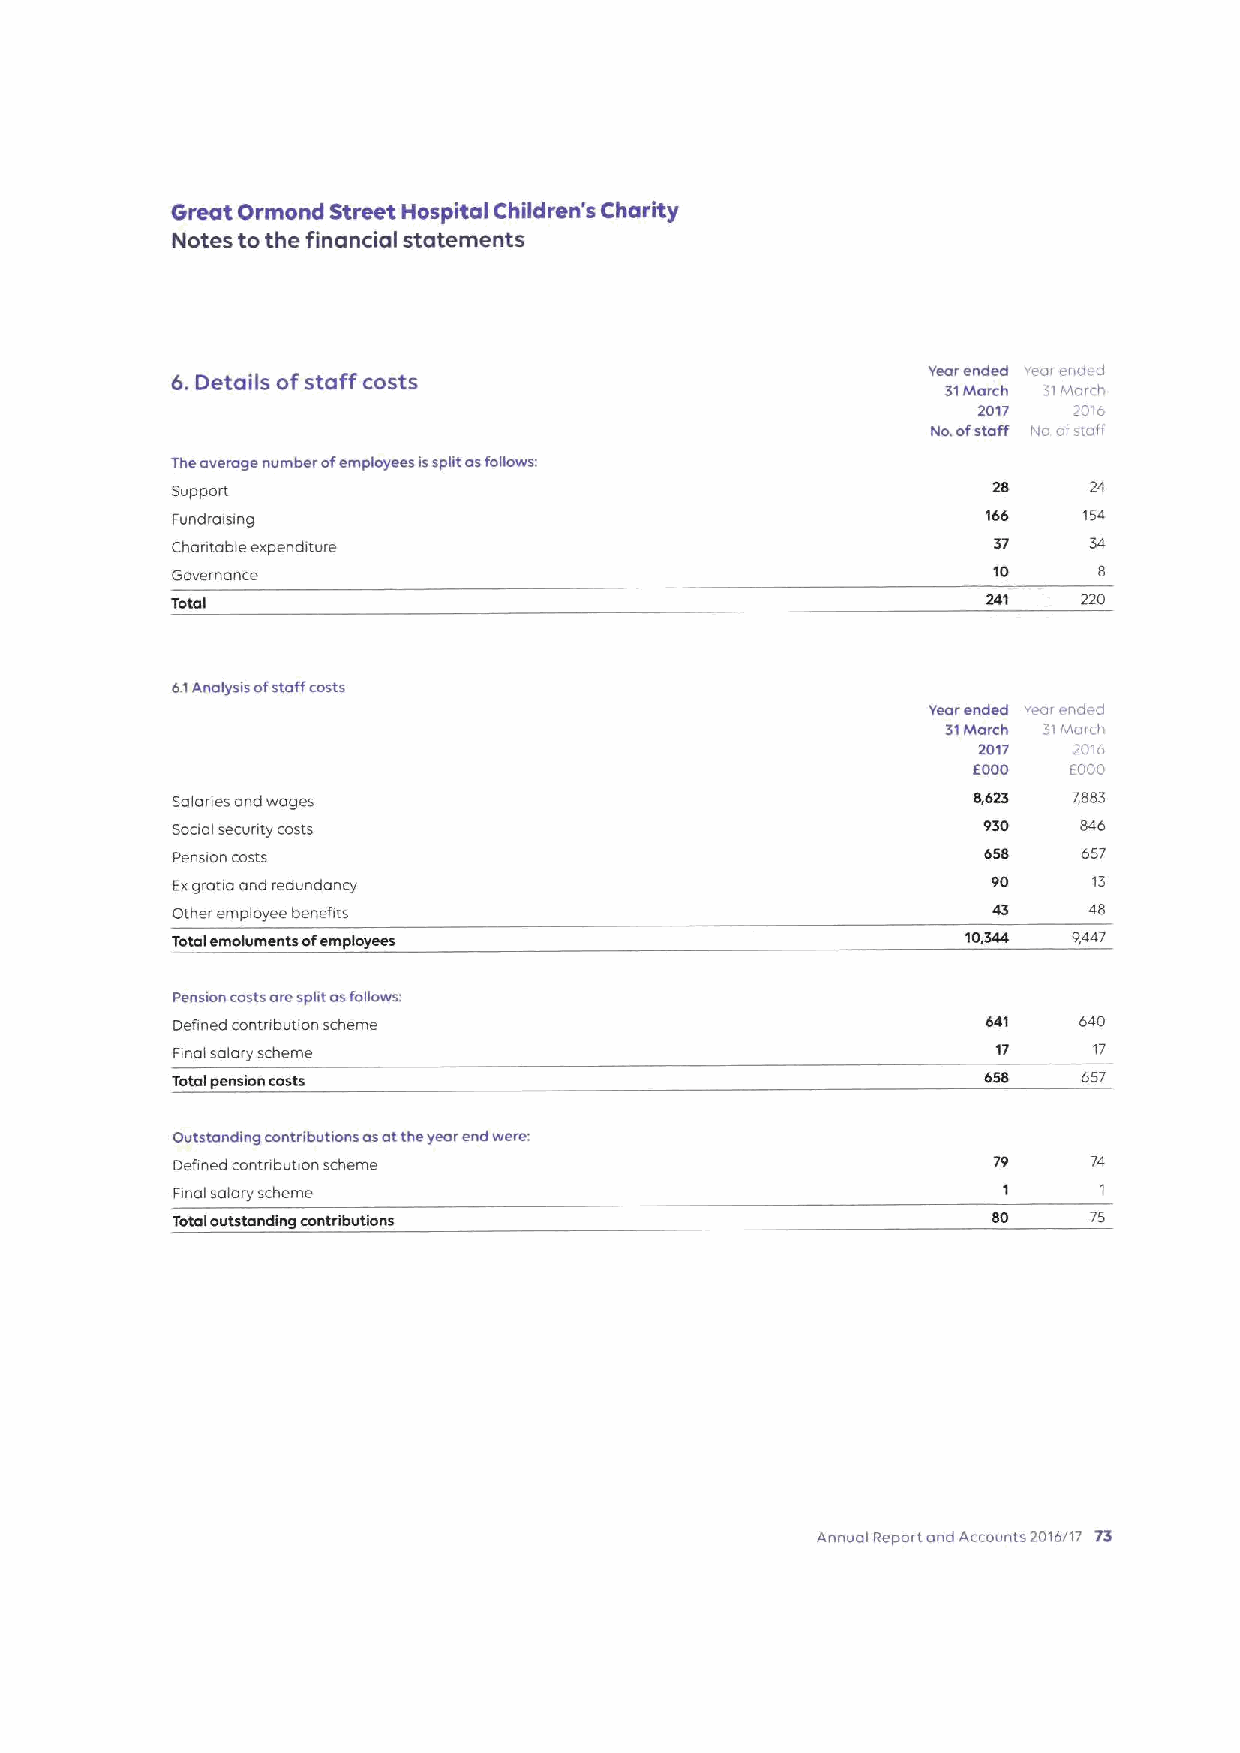
Great Ormond Street Hospital Children's Charity
 Notes to the financial statements
 fs. Details ofstaff costs                         Yearended reai ended
 31March 31March
 2017  2CII*
 No,ofstaff iva aistaff
 Theaverage number ofemployees issplit asfollows:
 Support                                                28    24
 Fundraising                                           1st    154
 Chantable expenditure                                  37    34
 Governance                                             10
 Total                                                 241    220
 6.1Analysis ofstaffcosts
 Yearended veai end d
 31Morch SiMarch
 2017  7016
 EOOO   EOOD
 Salanes and wages                                    8,623  7,883
 Social secunty costs                                  930    846
 Pension costs                                         Ei58   657
 Exgratia and redundancy                                90
 Other employee benefits                                      48
 Total emoluments ofemployees                         10,344 9447
 Pension costsaresplit asfollows:
 Defined contnbution scheme                            641   640
 Final salary scheme                                    17    17
 Total pension costs                                   658    657
 Outstanding contributions asatthe year end were:
 Defined contribution scheme                                  74
 Final salary scheme
 Totaloutstanding contributions                         80    75
 Annual Report and Accounts 2016717 73